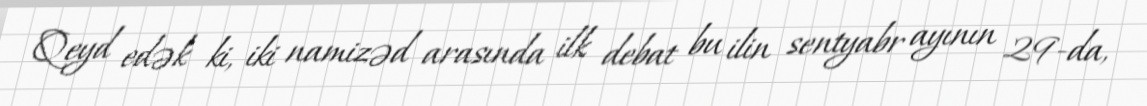
Qeyd edək ki, iki namizəd arasında ilk debat bu ilin sentyabr ayının 29-da,